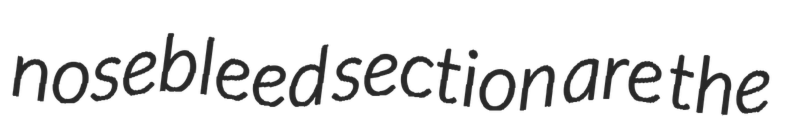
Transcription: nosebleed section are the